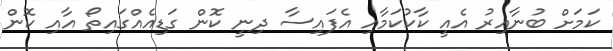
ކަމަށް ބުނާއިރު އެއީ ކާކުކަމާއި އެފައިސާ ދިނީ ކޮން ގަޑިއެއްގައިތޯ އާއި ކޮން